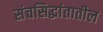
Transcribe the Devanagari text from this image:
संचसिद्धांतातील